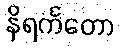
နိရင်္ကတော